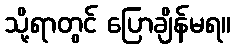
သို့ရာတွင် ပြောချိန်မရ။